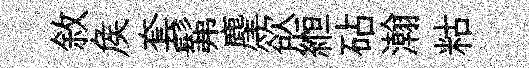
敘矦套髴麈欲縆砧瀚䊀